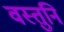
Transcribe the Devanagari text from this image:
वस्तुनि